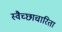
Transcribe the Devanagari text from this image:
स्वैच्छाचारिता